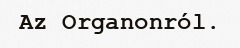
Az Organonról.